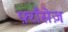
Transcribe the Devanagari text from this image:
फ़्राँसेज़